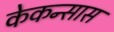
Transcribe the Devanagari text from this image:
केकन्सास